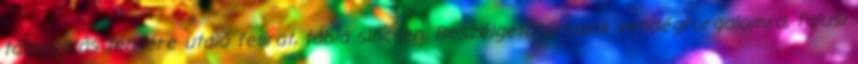
támogatás tényére utaló felirat, tábla sincsen. Beszélgetőtársaink vendégforgalomra, falusi